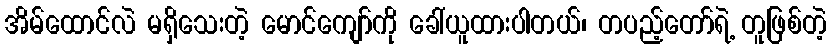
အိမ်ထောင်လဲ မရှိသေးတဲ့ မောင်ကျော်ကို ခေါ်ယူထားပါတယ်၊ တပည့်တော်ရဲ့ တူဖြစ်တဲ့